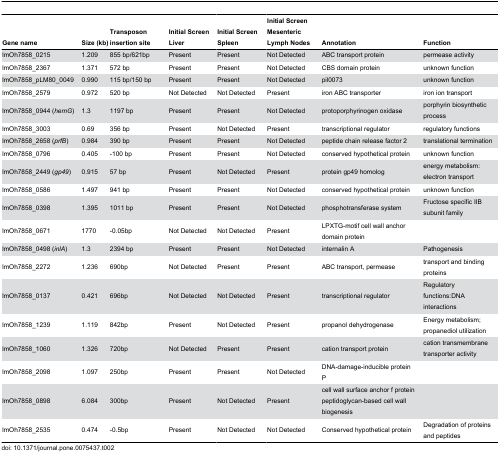
<table><thead><tr><td><b>Gene name</b></td><td><b>Size (kb)</b></td><td><b>Transposon insertion site</b></td><td><b>Initial Screen Liver</b></td><td><b>Initial Screen Spleen</b></td><td><b>Initial Screen Mesenteric Lymph Nodes</b></td><td><b>Annotation</b></td><td><b>Function</b></td></tr></thead><tbody><tr><td>lmOh7858_0215</td><td>1.209</td><td>855 bp/621bp</td><td>Present</td><td>Present</td><td>Not Detected</td><td>ABC transport protein</td><td>permease activity</td></tr><tr><td>lmOh7858_2367</td><td>1.371</td><td>572 bp</td><td>Present</td><td>Present</td><td>Not Detected</td><td>CBS domain protein</td><td>unknown function</td></tr><tr><td>lmOh7858_pLM80_0049</td><td>0.990</td><td>115 bp/150 bp</td><td>Present</td><td>Present</td><td>Not Detected</td><td>pil0073</td><td>unknown function</td></tr><tr><td>lmOh7858_2579</td><td>0.972</td><td>520 bp</td><td>Not Detected</td><td>Not Detected</td><td>Present</td><td>iron ABC transporter</td><td>iron ion transport</td></tr><tr><td>lmOh7858_0944 (<i>hemG</i>)</td><td>1.3</td><td>1197 bp</td><td>Present</td><td>Present</td><td>Not Detected</td><td>protoporphyrinogen oxidase</td><td>porphyrin biosynthetic process</td></tr><tr><td>lmOh7858_3003</td><td>0.69</td><td>356 bp</td><td>Present</td><td>Not Detected</td><td>Present</td><td>transcriptional regulator</td><td>regulatory functions</td></tr><tr><td>lmOh7858_2658 (<i>prfB</i>)</td><td>0.984</td><td>390 bp</td><td>Present</td><td>Present</td><td>Not Detected</td><td>peptide chain release factor 2</td><td>translational termination</td></tr><tr><td>lmOh7858_0796</td><td>0.405</td><td>-100 bp</td><td>Present</td><td>Present</td><td>Not Detected</td><td>conserved hypothetical protein</td><td>unknown function</td></tr><tr><td>lmOh7858_2449 (<i>gp49</i>)</td><td>0.915</td><td>57 bp</td><td>Present</td><td>Not Detected</td><td>Present</td><td>protein gp49 homolog</td><td>energy metabolism: electron transport</td></tr><tr><td>lmOh7858_0586</td><td>1.497</td><td>941 bp</td><td>Present</td><td>Present</td><td>Not Detected</td><td>conserved hypothetical protein</td><td>unknown function</td></tr><tr><td>lmOh7858_0398</td><td>1.395</td><td>1011 bp</td><td>Present</td><td>Present</td><td>Not Detected</td><td>phosphotransferase system</td><td>Fructose specific IIB subunit family</td></tr><tr><td>lmOh7858_0671</td><td>1770</td><td>-0.05bp</td><td>Not Detected</td><td>Not Detected</td><td>Present</td><td>LPXTG-motif cell wall anchor domain protein</td><td></td></tr><tr><td>lmOh7858_0498 (<i>inlA</i>)</td><td>1.3</td><td>2394 bp</td><td>Present</td><td>Present</td><td>Not Detected</td><td>internalin A</td><td>Pathogenesis</td></tr><tr><td>lmOh7858_2272</td><td>1.236</td><td>690bp</td><td>Not Detected</td><td>Present</td><td>Present</td><td>ABC transport, permease</td><td>transport and binding proteins</td></tr><tr><td>lmOh7858_0137</td><td>0.421</td><td>696bp</td><td>Not Detected</td><td>Not Detected</td><td>Present</td><td>transcriptional regulator</td><td>Regulatory functions:DNA interactions</td></tr><tr><td>lmOh7858_1239</td><td>1.119</td><td>842bp</td><td>Present</td><td>Not Detected</td><td>Present</td><td>propanol dehydrogenase</td><td>Energy metabolism; propanediol utilization</td></tr><tr><td>lmOh7858_1060</td><td>1.326</td><td>720bp</td><td>Not Detected</td><td>Present</td><td>Present</td><td>cation transport protein</td><td>cation transmembrane transporter activity</td></tr><tr><td>lmOh7858_2098</td><td>1.097</td><td>250bp</td><td>Present</td><td>Present</td><td>Not Detected</td><td>DNA-damage-inducible protein P</td><td></td></tr><tr><td>lmOh7858_0898</td><td>6.084</td><td>300bp</td><td>Present</td><td>Not Detected</td><td>Present</td><td>cell wall surface anchor f protein peptidoglycan-based cell wall biogenesis</td><td></td></tr><tr><td>lmOh7858_2535</td><td>0.474</td><td>-0.5bp</td><td>Present</td><td>Not Detected</td><td>Not Detected</td><td>Conserved hypothetical protein</td><td>Degradation of proteins and peptides</td></tr></tbody></table>